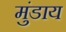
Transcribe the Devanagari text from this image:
मुंडाय